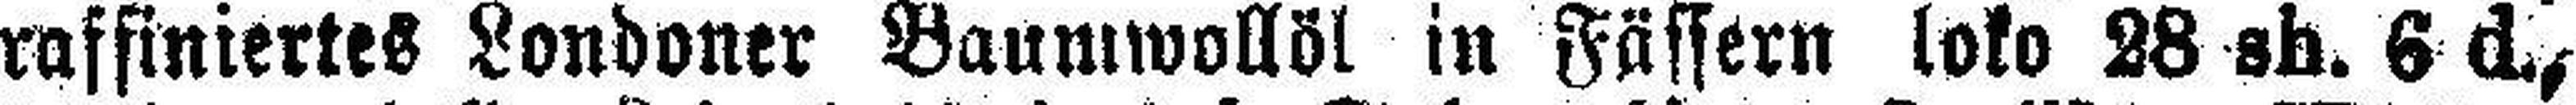
raffiniertes Londoner Baumwollöl in Fässern loko 28 sh. 6 d.,